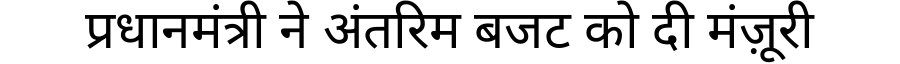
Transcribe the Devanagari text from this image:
प्रधानमंत्री ने अंतरिम बजट को दी मंज़ूरी